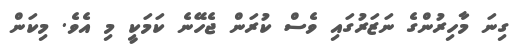
ގިނަ މާހިރުންގެ ނަޒަރުގައި ވެސް ކުރަން ޖެހޭނެ ކަމަކީ މި އެވެ. މިކަން